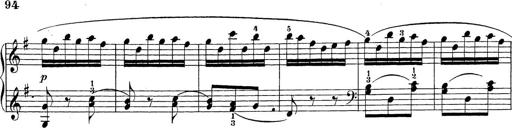
Title: Sonatina Album
Composer: Louis KÃ¶hler